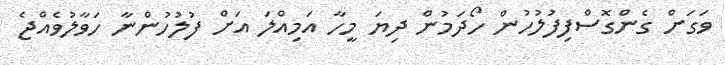
ވަގަށް ގެންގޮސްފިފުލުހުން ހޯދަމުން ދިޔަ މީހާ އަމިއްލަ އަށް ފުލުހުންނާ ހަވާލުވެއްޖެ